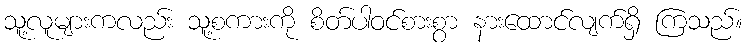
သူ့လူများကလည်း သူ့စကားကို စိတ်ပါဝင်စားစွာ နားထောင်လျက်ရှိ ကြသည်။